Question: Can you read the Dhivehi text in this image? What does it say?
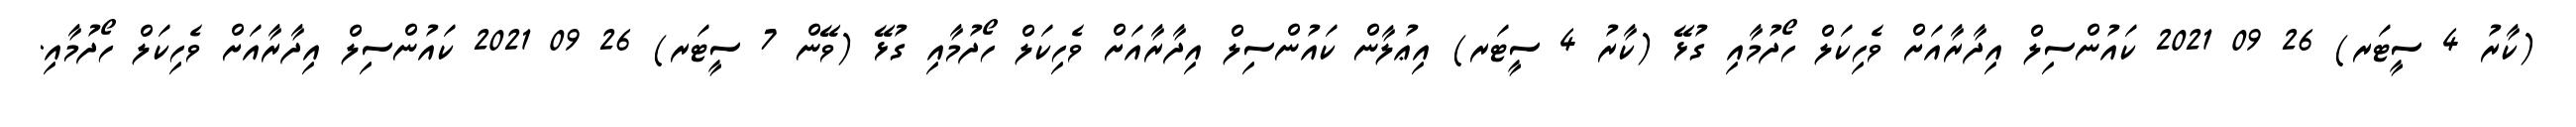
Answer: (ކާރު 4 ސީޓަރ) 26 09 2021 ކައުންސިލް އިދާރާއަށް ވެހިކަލް ހޯދުމާއި ގުޅޭ (ކާރު 4 ސީޓަރ) އިޢުލާން ކައުންސިލް އިދާރާއަށް ވެހިކަލް ހޯދުމާއި ގުޅޭ (ވޭން 7 ސީޓަރ) 26 09 2021 ކައުންސިލް އިދާރާއަށް ވެހިކަލް ހޯދުމާއި.